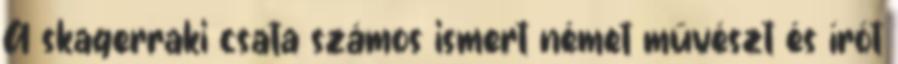
A skagerraki csata számos ismert német művészt és írót